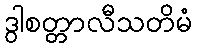
ဒွါစတ္တာလီသတိမံ